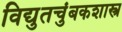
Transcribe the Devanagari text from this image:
विद्युतचुंबकशास्त्र